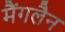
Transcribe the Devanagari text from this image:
मैंगलैन